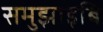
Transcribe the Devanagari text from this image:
समुझाइबि